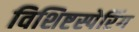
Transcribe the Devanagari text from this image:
विशिष्टस्पेरिंग